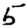
Digit: 5